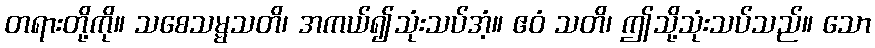
တရားတို့ကို။ သစေသမ္မသတိ၊ အကယ်၍သုံးသပ်အံ့။ ဧဝံ သတိ၊ ဤသို့သုံးသပ်သည်။ သော